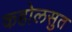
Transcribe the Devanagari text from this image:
कहोलसुत